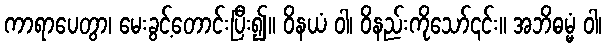
ကာရာပေတွာ၊ မေးခွင့်တောင်းပြီး၍။ ဝိနယံ ဝါ၊ ဝိနည်းကိုသော်၎င်း။ အဘိဓမ္မံ ဝါ၊